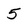
Character: 5